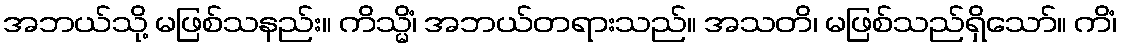
အဘယ်သို့ မဖြစ်သနည်း။ ကိသ္မိံ၊ အဘယ်တရားသည်။ အသတိ၊ မဖြစ်သည်ရှိသော်။ ကိံ၊